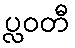
ပ္လဝတီ